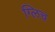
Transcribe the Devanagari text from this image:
ग्लिच